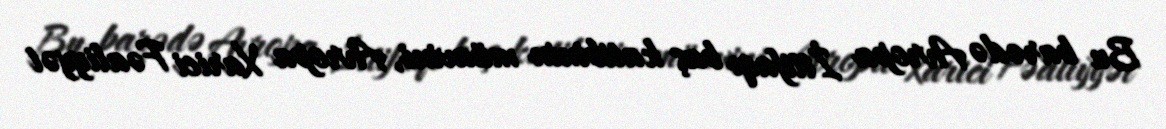
Bu barədə Avropa İttifaqı baş katibinin müavini, Avropa Xarici Fəaliyyət